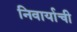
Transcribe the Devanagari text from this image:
निवार्याची